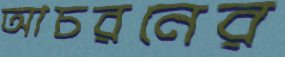
আচরনের